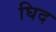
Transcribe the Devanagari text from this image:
घिद